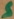
Text: S